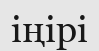
іңірі